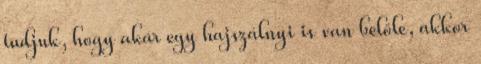
tudjuk, hogy akár egy hajszálnyi is van belőle, akkor